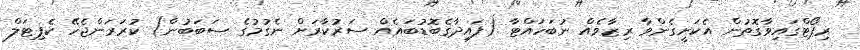
ރިޕޯޓްގައިވާގޮތުން އެކަށީގެންވާ ރިޒާވެއް ނުބަހައްޓާ (ފައިދާގެބޮޑުބައެއް ސަރުކާރަށް ނެގުމުގެ ސަބަބުން) ކުރަރަންޖެހޭ ކެޕިޓަލް